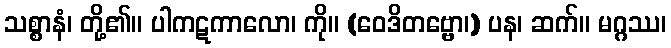
သစ္စာနံ၊ တို့၏။ ပါကဋကာလော၊ ကို။ (ဝေဒိတဗ္ဗော၊) ပန၊ ဆက်။ မဂ္ဂဿ၊